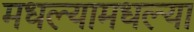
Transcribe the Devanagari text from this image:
मधल्यामधल्या